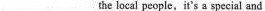
___ ___the local people，it's a special and